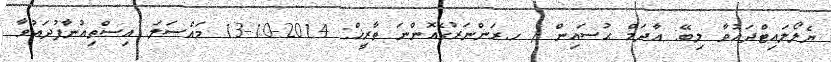
ޔެލޯލައިޓްދައުވާ ލިބޭ: އާދަމް ޙުސައިން / ހ.ރަންނަރުގެއޮންނަ ތާރީޚް: 2014-10-13 މައްސަލަ: އިސްތިއުނާފުދައުވާ